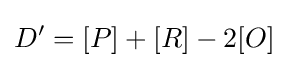
D'=[P]+[R]-2[O]